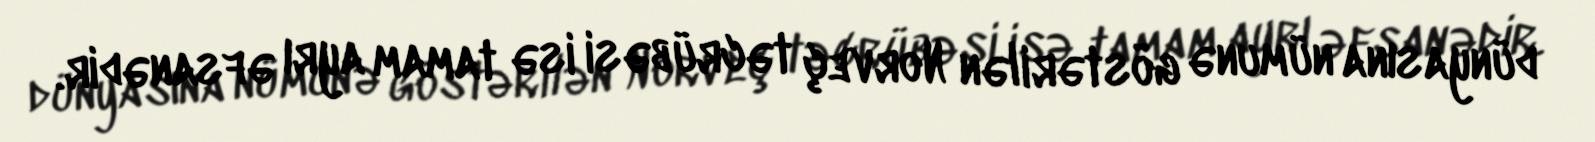
dünyasına nümunə göstərilən Norveç təcrübəsi isə tamam ayrı əfsanədir.